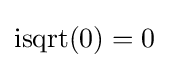
\operatorname {isqrt} (0)=0